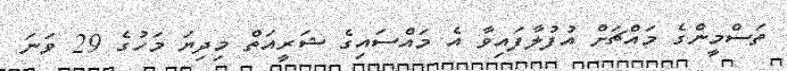
ތަސްމީންގެ މައްޗަށް އުފުލާފައިވާ އެ މައްސައިގެ ޝަރީއަތް މިދިޔަ މަހުގެ 29 ވަނަ